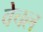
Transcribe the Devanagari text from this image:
वेचल